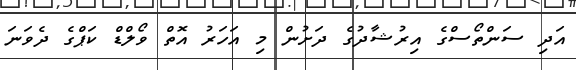
އަދި ސަންތޯސްގެ އިރުޝާދުގެ ދަށުން މި އަހަރު އޮތް ވޯލްޑް ކަޕްގެ ދެވަނަ